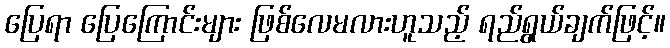
ပြေရာ ပြေကြောင်းများ ဖြစ်လေမလားဟူသည့် ရည်ရွယ်ချက်ဖြင့်။